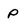
Character: P